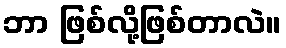
ဘာ ဖြစ်လို့ဖြစ်တာလဲ။